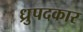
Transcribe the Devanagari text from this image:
ध्रुपदकार